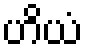
ဟိယံ